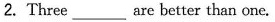
2. Three ___ are better than one.